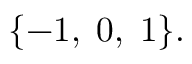
\{ - 1 , \; 0 , \; 1 \} .